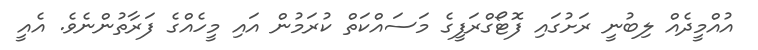
އުއްމީދެއް ލިބުނީ ރަށުގައި ފޮޓޯގްރަފީގެ މަސައްކަތް ކުރަމުން އައި މީހެއްގެ ފަރާތުންނެވެ. އެއީ